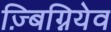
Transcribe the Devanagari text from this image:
ज़्बिग्नियेव